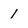
Character: 1